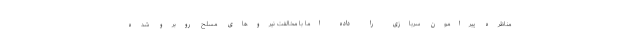
مناظره پیرامون سربازی را داده اما با مخالفت نیروهای مسلح روبرو شده